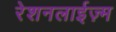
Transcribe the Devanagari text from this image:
रेशनलाईज़्म